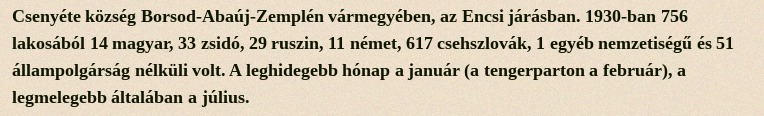
Csenyéte község Borsod-Abaúj-Zemplén vármegyében, az Encsi járásban. 1930-ban 756 lakosából 14 magyar, 33 zsidó, 29 ruszin, 11 német, 617 csehszlovák, 1 egyéb nemzetiségű és 51 állampolgárság nélküli volt. A leghidegebb hónap a január (a tengerparton a február), a legmelegebb általában a július.